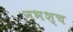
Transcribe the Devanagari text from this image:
नभश्च